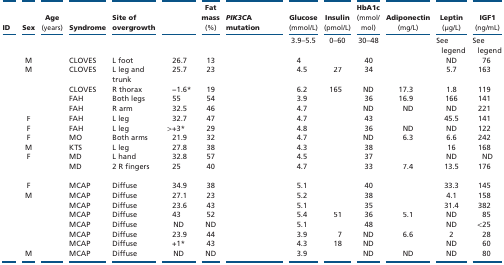
<table><thead><tr><td><b>ID</b></td><td><b>Sex</b></td><td><b>Age (years)</b></td><td><b>Syndrome</b></td><td><b>Site of overgrowth</b></td><td>[EMPTY_CELL]</td><td><b>Fat mass (%)</b></td><td><b>PIK3CA mutation</b></td><td><b>Glucose (mmol/L)</b></td><td><b>Insulin (pmol/L)</b></td><td><b>HbA1c (mmol/mol)</b></td><td><b>Adiponectin (mg/L)</b></td><td><b>Leptin (μg/L)</b></td><td><b>IGF1 (ng/mL)</b></td></tr></thead><tbody><tr><td>[EMPTY_CELL]</td><td>[EMPTY_CELL]</td><td>[EMPTY_CELL]</td><td>[EMPTY_CELL]</td><td>[EMPTY_CELL]</td><td>[EMPTY_CELL]</td><td>[EMPTY_CELL]</td><td>[EMPTY_CELL]</td><td>3.9–5.5</td><td>0–60</td><td>30–48</td><td>[EMPTY_CELL]</td><td>See legend</td><td>See legend</td></tr><tr><td>[EMPTY_CELL]</td><td>M</td><td>[EMPTY_CELL]</td><td>CLOVES</td><td>L foot</td><td>26.7</td><td>13</td><td>[EMPTY_CELL]</td><td>4</td><td>[EMPTY_CELL]</td><td>40</td><td>[EMPTY_CELL]</td><td>ND</td><td>76</td></tr><tr><td>[EMPTY_CELL]</td><td>M</td><td>[EMPTY_CELL]</td><td>CLOVES</td><td>L leg and trunk</td><td>25.7</td><td>23</td><td>[EMPTY_CELL]</td><td>4.5</td><td>27</td><td>34</td><td>[EMPTY_CELL]</td><td>5.7</td><td>163</td></tr><tr><td>[EMPTY_CELL]</td><td>[EMPTY_CELL]</td><td>[EMPTY_CELL]</td><td>CLOVES</td><td>R thorax</td><td>−1.6*</td><td>19</td><td>[EMPTY_CELL]</td><td>6.2</td><td>165</td><td>ND</td><td>17.3</td><td>1.8</td><td>119</td></tr><tr><td>[EMPTY_CELL]</td><td>[EMPTY_CELL]</td><td>[EMPTY_CELL]</td><td>FAH</td><td>Both legs</td><td>55</td><td>54</td><td>[EMPTY_CELL]</td><td>3.9</td><td>[EMPTY_CELL]</td><td>36</td><td>16.9</td><td>166</td><td>141</td></tr><tr><td>[EMPTY_CELL]</td><td>[EMPTY_CELL]</td><td>[EMPTY_CELL]</td><td>FAH</td><td>R arm</td><td>32.5</td><td>46</td><td>[EMPTY_CELL]</td><td>4.7</td><td>[EMPTY_CELL]</td><td>ND</td><td>ND</td><td>ND</td><td>221</td></tr><tr><td>[EMPTY_CELL]</td><td>F</td><td>[EMPTY_CELL]</td><td>FAH</td><td>L leg</td><td>32.7</td><td>47</td><td>[EMPTY_CELL]</td><td>4.7</td><td>[EMPTY_CELL]</td><td>43</td><td>[EMPTY_CELL]</td><td>45.5</td><td>141</td></tr><tr><td>[EMPTY_CELL]</td><td>F</td><td>[EMPTY_CELL]</td><td>FAH</td><td>L leg</td><td>&gt;+3*</td><td>29</td><td>[EMPTY_CELL]</td><td>4.8</td><td>[EMPTY_CELL]</td><td>36</td><td>ND</td><td>ND</td><td>122</td></tr><tr><td>[EMPTY_CELL]</td><td>F</td><td>[EMPTY_CELL]</td><td>MO</td><td>Both arms</td><td>21.9</td><td>32</td><td>[EMPTY_CELL]</td><td>4.7</td><td>[EMPTY_CELL]</td><td>ND</td><td>6.3</td><td>6.6</td><td>242</td></tr><tr><td>[EMPTY_CELL]</td><td>M</td><td>[EMPTY_CELL]</td><td>KTS</td><td>L leg</td><td>27.8</td><td>38</td><td>[EMPTY_CELL]</td><td>4.3</td><td>[EMPTY_CELL]</td><td>38</td><td>[EMPTY_CELL]</td><td>16</td><td>168</td></tr><tr><td>[EMPTY_CELL]</td><td>F</td><td>[EMPTY_CELL]</td><td>MD</td><td>L hand</td><td>32.8</td><td>57</td><td>[EMPTY_CELL]</td><td>4.5</td><td>[EMPTY_CELL]</td><td>37</td><td>[EMPTY_CELL]</td><td>ND</td><td>ND</td></tr><tr><td>[EMPTY_CELL]</td><td>[EMPTY_CELL]</td><td>[EMPTY_CELL]</td><td>MD</td><td>2 R fingers</td><td>25</td><td>40</td><td>[EMPTY_CELL]</td><td>4.7</td><td>[EMPTY_CELL]</td><td>33</td><td>7.4</td><td>13.5</td><td>176</td></tr><tr><td>[EMPTY_CELL]</td><td>F</td><td>[EMPTY_CELL]</td><td>MCAP</td><td>Diffuse</td><td>34.9</td><td>38</td><td>[EMPTY_CELL]</td><td>5.1</td><td>[EMPTY_CELL]</td><td>40</td><td>[EMPTY_CELL]</td><td>33.3</td><td>145</td></tr><tr><td>[EMPTY_CELL]</td><td>M</td><td>[EMPTY_CELL]</td><td>MCAP</td><td>Diffuse</td><td>27.1</td><td>23</td><td>[EMPTY_CELL]</td><td>5.2</td><td>[EMPTY_CELL]</td><td>38</td><td>[EMPTY_CELL]</td><td>4.1</td><td>158</td></tr><tr><td>[EMPTY_CELL]</td><td>[EMPTY_CELL]</td><td>[EMPTY_CELL]</td><td>MCAP</td><td>Diffuse</td><td>23.6</td><td>43</td><td>[EMPTY_CELL]</td><td>5.1</td><td>[EMPTY_CELL]</td><td>35</td><td>[EMPTY_CELL]</td><td>31.4</td><td>382</td></tr><tr><td>[EMPTY_CELL]</td><td>[EMPTY_CELL]</td><td>[EMPTY_CELL]</td><td>MCAP</td><td>Diffuse</td><td>43</td><td>52</td><td>[EMPTY_CELL]</td><td>5.4</td><td>51</td><td>36</td><td>5.1</td><td>ND</td><td>85</td></tr><tr><td>[EMPTY_CELL]</td><td>[EMPTY_CELL]</td><td>[EMPTY_CELL]</td><td>MCAP</td><td>Diffuse</td><td>ND</td><td>ND</td><td>[EMPTY_CELL]</td><td>5.1</td><td>[EMPTY_CELL]</td><td>48</td><td>[EMPTY_CELL]</td><td>ND</td><td>&lt;25</td></tr><tr><td>[EMPTY_CELL]</td><td>[EMPTY_CELL]</td><td>[EMPTY_CELL]</td><td>MCAP</td><td>Diffuse</td><td>23.9</td><td>44</td><td>[EMPTY_CELL]</td><td>3.9</td><td>7</td><td>ND</td><td>6.6</td><td>2</td><td>28</td></tr><tr><td>[EMPTY_CELL]</td><td>[EMPTY_CELL]</td><td>[EMPTY_CELL]</td><td>MCAP</td><td>Diffuse</td><td>+1*</td><td>43</td><td>[EMPTY_CELL]</td><td>4.3</td><td>18</td><td>ND</td><td>[EMPTY_CELL]</td><td>ND</td><td>60</td></tr><tr><td>[EMPTY_CELL]</td><td>M</td><td>[EMPTY_CELL]</td><td>MCAP</td><td>Diffuse</td><td>ND</td><td>ND</td><td>[EMPTY_CELL]</td><td>3.9</td><td>[EMPTY_CELL]</td><td>ND</td><td>ND</td><td>ND</td><td>80</td></tr></tbody></table>